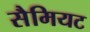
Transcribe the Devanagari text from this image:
सैमियट